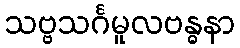
သဗ္ဗသင်္ဂမူလဗန္ဓနာ